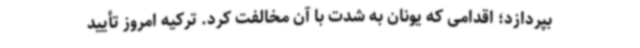
بپردازد؛ اقدامی که یونان به شدت با آن مخالفت کرد. ترکیه امروز تأیید